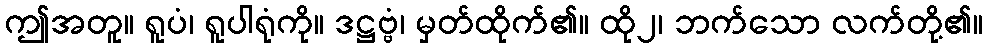
ဤအတူ။ ရူပံ၊ ရူပါရုံကို။ ဒဋ္ဌဗ္ဗံ၊ မှတ်ထိုက်၏။ ထို၂၊ ဘက်သော လက်တို့၏။